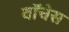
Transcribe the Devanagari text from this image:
वॉचेस